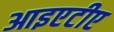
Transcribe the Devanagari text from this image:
आइएटीए